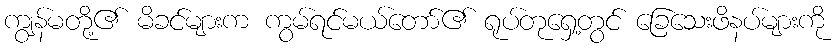
ကျွန်မတို့၏ မိခင်များက ကွမ်ရင်မယ်တော်၏ ရုပ်တုရှေ့တွင် ခြေသေးဖိနပ်များကို